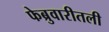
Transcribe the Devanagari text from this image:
फेब्रुवारीतली